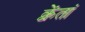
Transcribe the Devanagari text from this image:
क्वेंतां